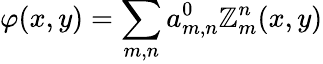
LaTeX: \varphi(x,y)=\sum_{m,n}a_{m,n}^{0}\mathbb{Z}_{m}^{n}(x,y)